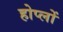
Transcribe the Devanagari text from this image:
होप्लों